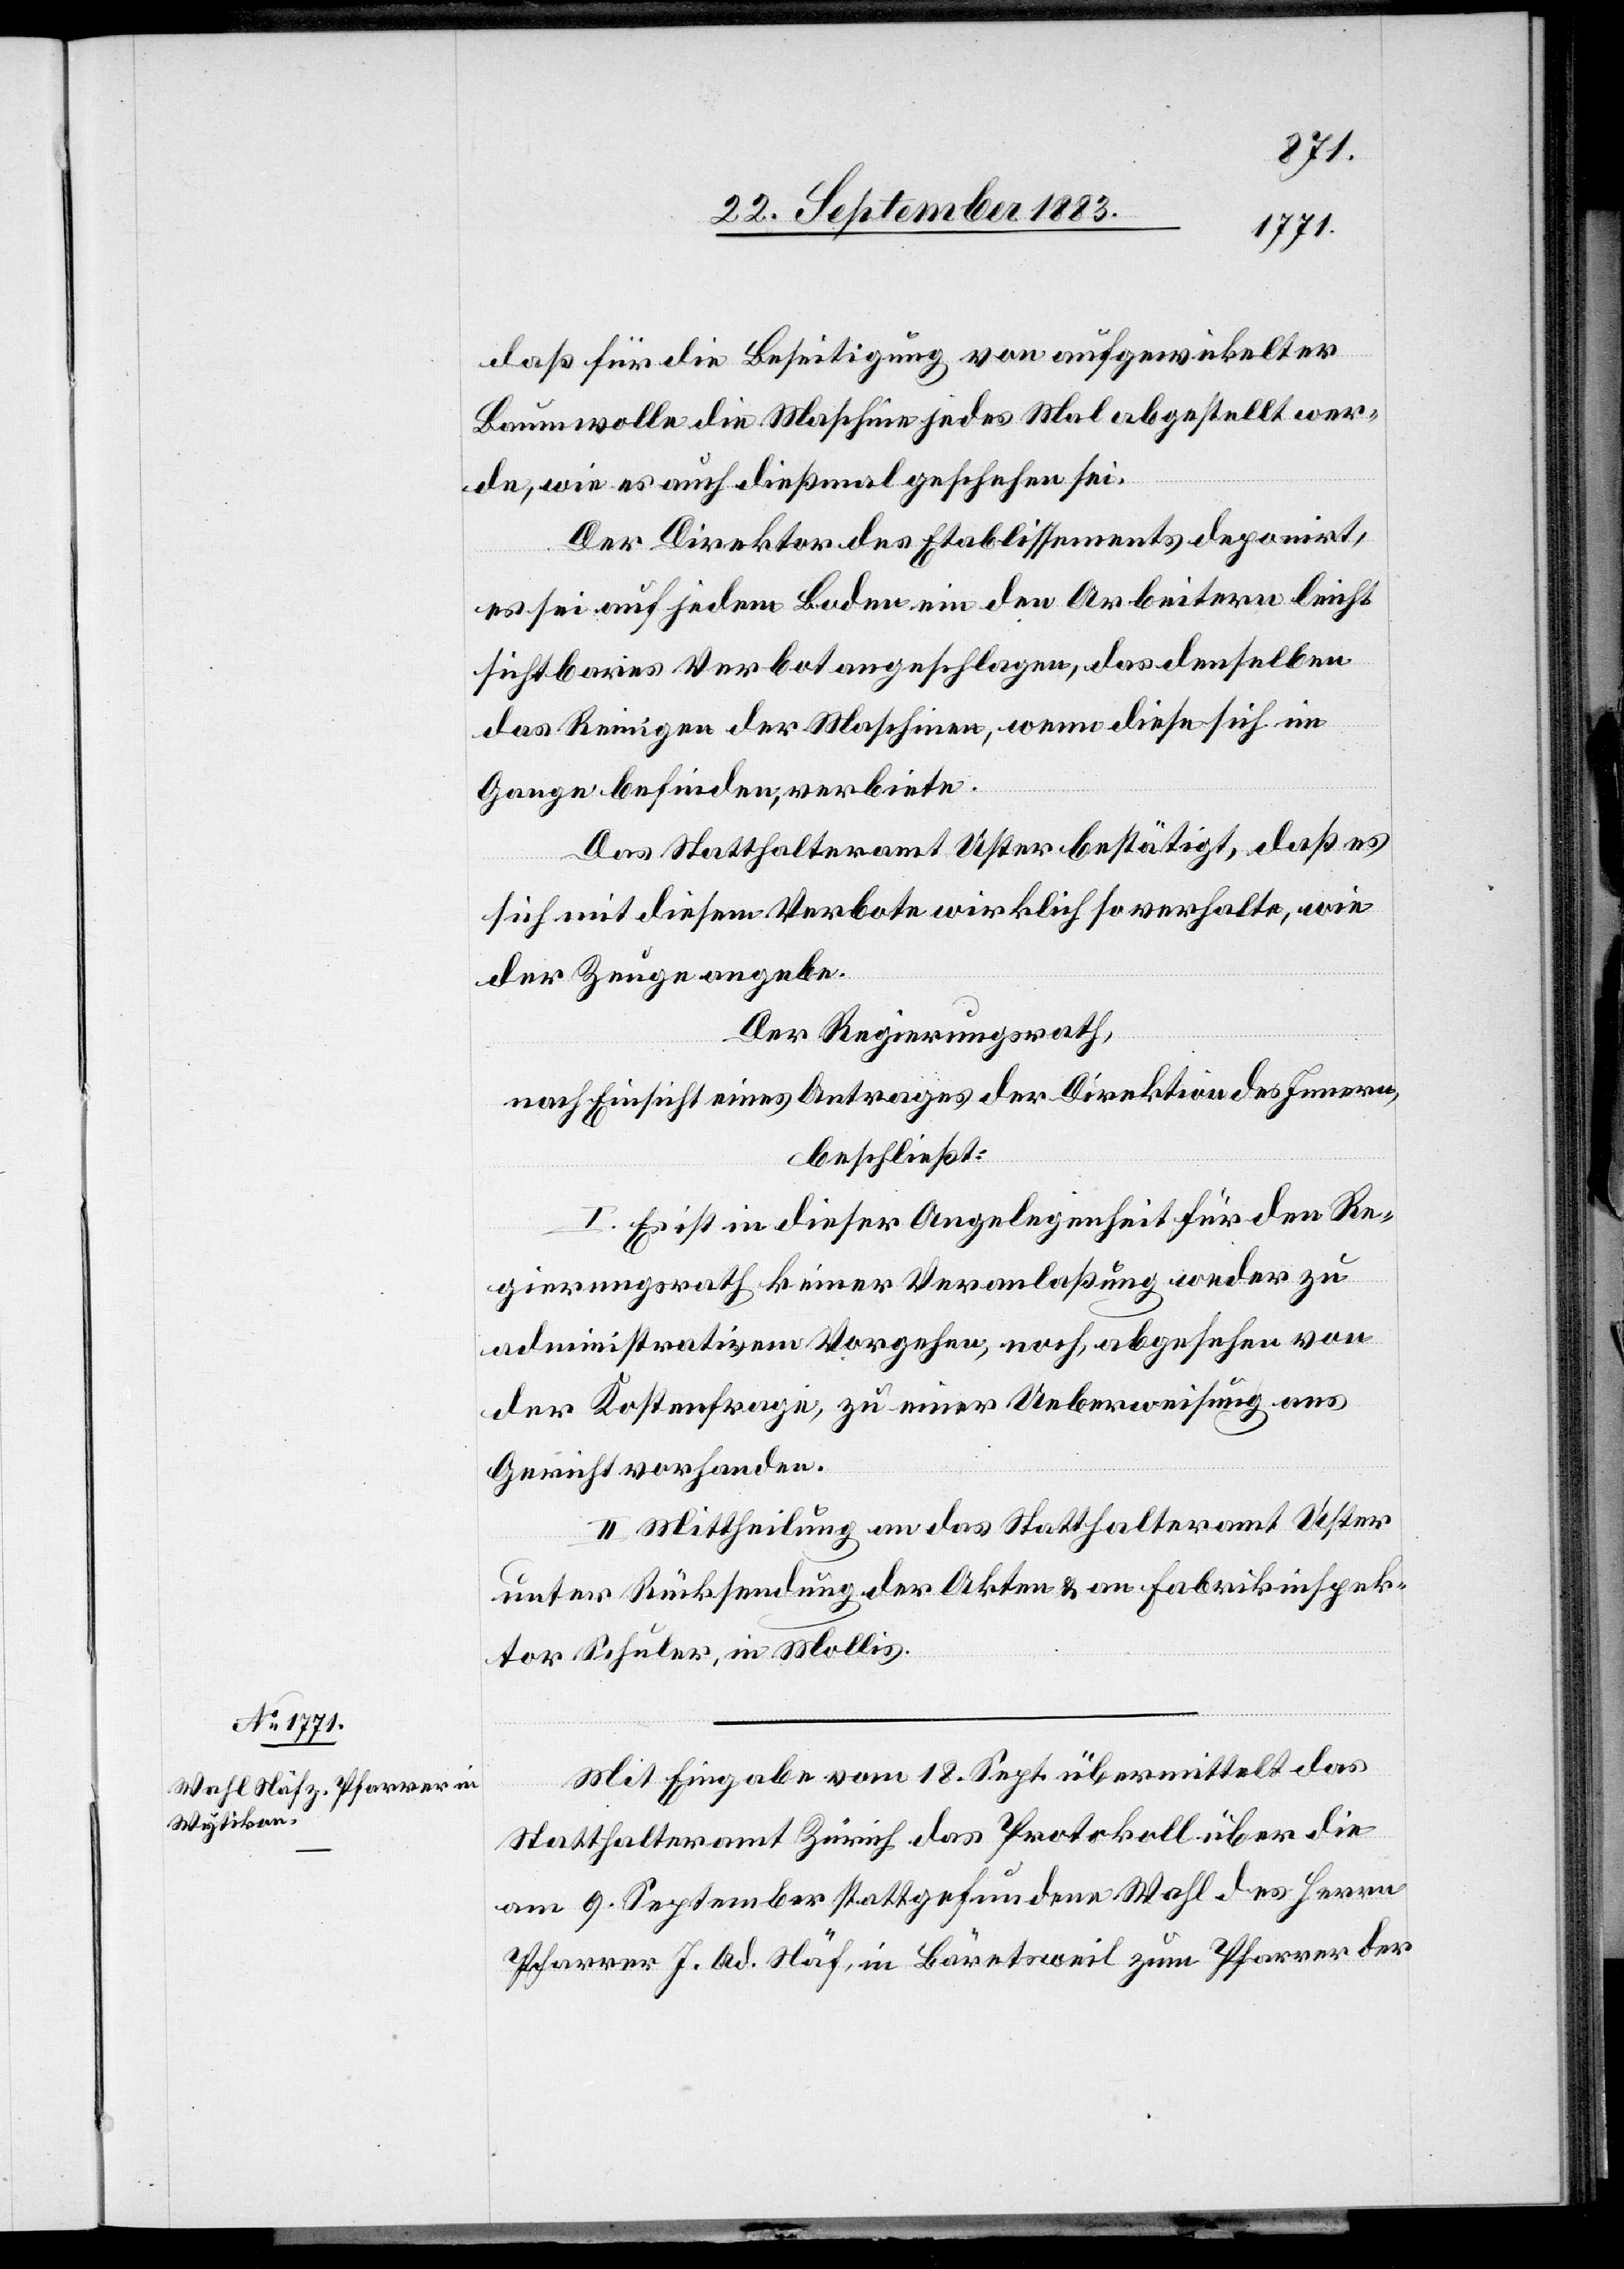
daß für die Beseitigung von aufgewickelter
Baumwolle die Maschine jedes Mal abgestellt wer¬
de, wie es auch dießmal geschehen sei.
Der Direktor des Etablissements deponirt,
es sei auf jedem Boden ein den Arbeitern leicht
sichtbares Verbot angeschlagen, das denselben
das Reinigen der Maschinen, wenn diese sich im
Gange befinden, verbiete.
Das Statthalteramt Uster bestätigt, daß es
sich mit diesem Verbote wirklich so verhalte, wie
der Zeuge angebe.
Der Regierungsrath,
nach Einsicht eines Antrages der Direktion des Innern,
beschließt:
I. Es ist in dieser Angelegenheit für den Re¬
gierungsrath keiner [sic!] Veranlaßung weder zu
administrativem Vorgehen, noch, abgesehen von
der Kostenfrage, zu einer Ueberweisung ans
Gericht vorhanden.
II. Mittheilung an das Statthalteramt Uster
unter Rücksendung der Akten & an Fabrikinspek¬
tor Schuler, in Mollis.
Mit Eingabe vom 18. Sept. übermittelt das
Statthalteramt Zürich das Protokoll über die
am 9. September stattgefundene Wahl des Herrn
Pfarrer J. Ad. Näf, in Bäretsweil zum Pfarrer der